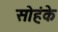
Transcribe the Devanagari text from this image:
सोहंके